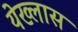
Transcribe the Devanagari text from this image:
येख्लास